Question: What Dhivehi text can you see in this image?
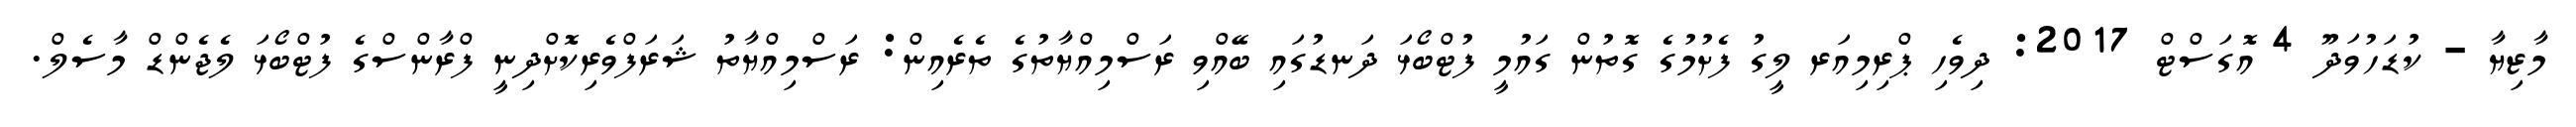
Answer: މާޒިޔާ - ކުޑަހުވަދޫ 4 އޮގަސްޓް 2017: ދިވެހި ޕްރިމިއަރ ލީގު ފެށުމުގެ ގޮތުން ގައުމީ ފުޓްބޯޅަ ދަނޑުގައި ބޭއްވި ރަސްމިއްޔާތުގެ ތެރެއިން: ރަސްމިއްޔާތު ޝަރަފްވެރިކޮށްދިނީ ފްރާންސްގެ ފުޓްބޯޅަ ލެޖެންޑް މާސެލް.